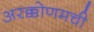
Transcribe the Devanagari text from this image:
अरक्कोणमची